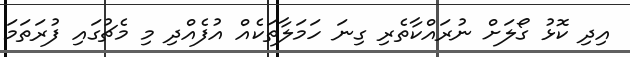
އިދި ކޮޅު ގޯލަށް ނުރައްކާތެރި ގިނަ ހަމަލާތަކެއް އުފެއްދި މި މެޗުގައި ފުރަތަމަ